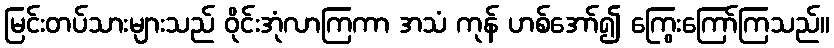
မြင်းတပ်သားများသည် ဝိုင်းအုံလာကြကာ အသံ ကုန် ဟစ်အော်၍ ကြွေးကြော်ကြသည်။